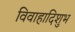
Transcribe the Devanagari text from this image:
विवाहादिशुभ